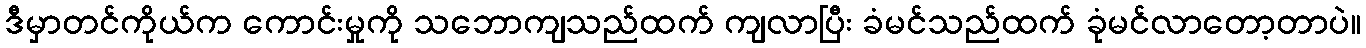
ဒီမှာတင်ကိုယ်က ကောင်းမှုကို သဘောကျသည်ထက် ကျလာပြီး ခံမင်သည်ထက် ခုံမင်လာတော့တာပဲ။